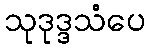
သုဒုဒ္ဒသံပေ